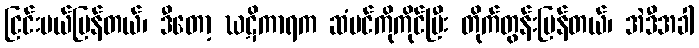
ငြင်းပယ်ပြန်တယ်၊ ဒီတော့ ဃဋိကာရက ဆံပင်ကိုကိုင်ပြီး တိုက်တွန်းပြန်တယ်၊ အဲဒီအခါ